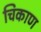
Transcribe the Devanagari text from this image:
चिकाण